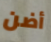
أضن